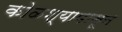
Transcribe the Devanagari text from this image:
कोळश्यापासून